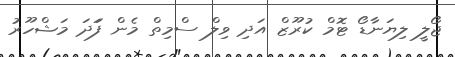
ޖޯލީ ލިޔަނާޑޯ ޓޮމް ކުރޫޒް އަދި ވިލް ސްމިތް މެން ފަަދަ މަޝްހޫރު